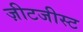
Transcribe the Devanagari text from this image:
ज़ीटजीस्ट